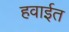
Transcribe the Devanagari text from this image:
हवाईत